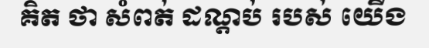
គិត ថា សំពត់ ដណ្តប់ របស់ យើង